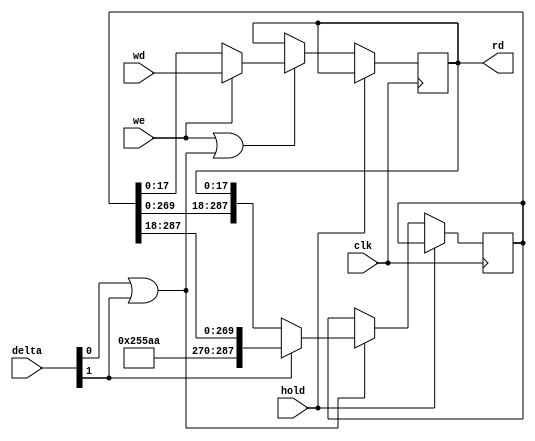
// Stack definition from J1 family
// Made from shift registers

module stack
#(
  parameter WIDTH = 18,
  parameter DEPTH = 16
)
(
  input wire  clk,
  input wire  hold,
  output wire [WIDTH-1:0] rd,
  input wire  we,
  input wire  [1:0] delta, // {none, up, down, down}
  input wire  [WIDTH-1:0] wd
);

  localparam BITS = (WIDTH * DEPTH) - 1;
  localparam EMPTY = 32'h55AA55AA;
  wire move = delta[0] | delta[1];

  reg  [WIDTH-1:0] head;
  reg  [BITS:0] tail;
  wire [WIDTH-1:0] headN;
  wire [BITS:0] tailN;

  assign headN = we ? wd : tail[WIDTH-1:0];
  assign tailN = delta[1] ?
    {EMPTY[WIDTH-1:0], tail[BITS:WIDTH]} :
    {tail[BITS-WIDTH:0], head};

  always @(posedge clk)
    if (!hold) begin
      if (we | move)  head <= headN;
      if (move)       tail <= tailN;
    end

  assign rd = head;

endmodule